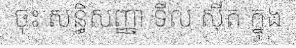
ចុះ សន្ធិសញ្ញា ទីល ស៊ីត ក្នុង